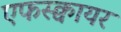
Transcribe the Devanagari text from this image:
एफस्क्वायर